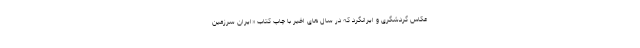
عکاس گردشگری و ایرانگرد که در سال های اخیر با چاپ کتاب «ایران سرزمین